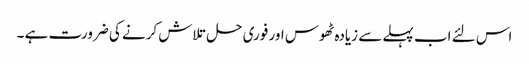
اس لئے اب پہلے سے زیادہ ٹھوس اور فوری حل تلاش کرنے کی ضرورت ہے ۔